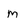
Character: m